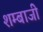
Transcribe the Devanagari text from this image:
शम्बाजी